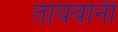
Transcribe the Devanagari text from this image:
तायवानी